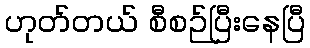
ဟုတ်တယ် စီစဉ်ပြီးနေပြီ